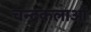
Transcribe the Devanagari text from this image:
चन्द्रकलाओं